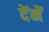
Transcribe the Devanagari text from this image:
देंनें